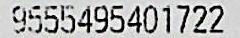
9555495401722